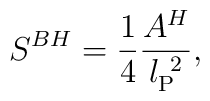
{S}^{BH} ={ 1 \over 4 } {A^H \over  l_{\mbox{\scriptsize{P}}}^{~2}},